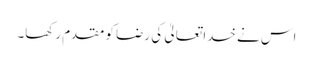
اس نے خدا تعالیٰ کی رضا کو مقدم رکھا۔